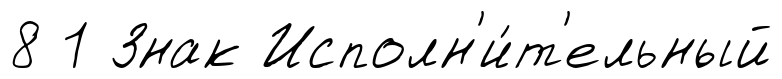
8 1 Знак Исполн'и́т'ельный